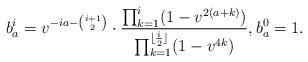
LaTeX: \begin{align*} b^i_a = v^{-ia - {i+1 \choose 2}} \cdot \frac{\prod_{k=1}^i (1-v^{2(a+k)} )}{\prod_{k=1}^{\lfloor \frac{i}2\rfloor} (1-v^{4k})}, b^0_a=1.\end{align*}